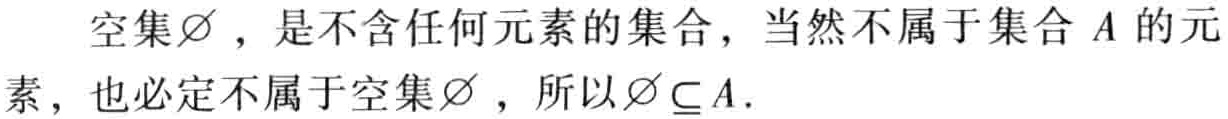
空集$\varnothing$，是不含任何元素的集合，当然不属于集合$A$的元素，也必定不属于空集$\varnothing$，所以$\varnothing\subseteq A$.